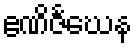
ဧဏိဇင်္ဃေန